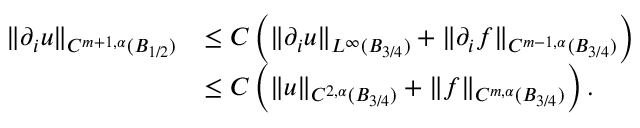
\begin{array} { r l } { \| \partial _ { i } u \| _ { C ^ { m + 1 , \alpha } ( B _ { 1 / 2 } ) } } & { \le C \left( \| \partial _ { i } u \| _ { L ^ { \infty } ( B _ { 3 / 4 } ) } + \| \partial _ { i } f \| _ { C ^ { m - 1 , \alpha } ( B _ { 3 / 4 } ) } \right) } \\ & { \le C \left( \| u \| _ { C ^ { 2 , \alpha } ( B _ { 3 / 4 } ) } + \| f \| _ { C ^ { m , \alpha } ( B _ { 3 / 4 } ) } \right) . } \end{array}